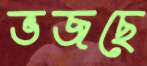
ভজছে